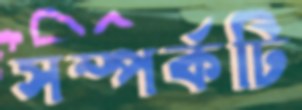
সম্পর্কটি